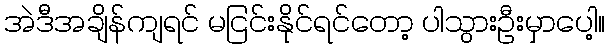
အဲဒီအချိန်ကျရင် မငြင်းနိုင်ရင်တော့ ပါသွားဦးမှာပေါ့။